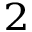
^ 2